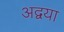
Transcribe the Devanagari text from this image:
अद्वया